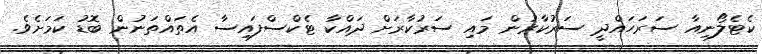
ކެޓެލޯނިއާ ސަރަހައްދީ ސަރުކާރުން މައި ސަރުކާރަށް ދައްކާ ޓެކްސްފައިސާ އެތައްތަނުން ބޮޑު ކަމަށެވެ.